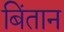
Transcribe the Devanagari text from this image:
बिंतान